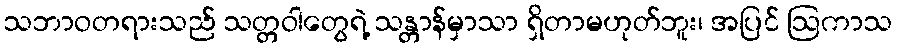
သဘာဝတရားသည် သတ္တဝါတွေရဲ့ သန္တာန်မှာသာ ရှိတာမဟုတ်ဘူး၊ အပြင် ဩကာသ